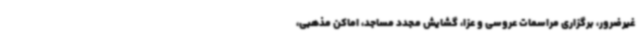
غیرضرور، برگزاری مراسمات عروسی و عزا، گشایش مجدد مساجد، اماکن مذهبی،